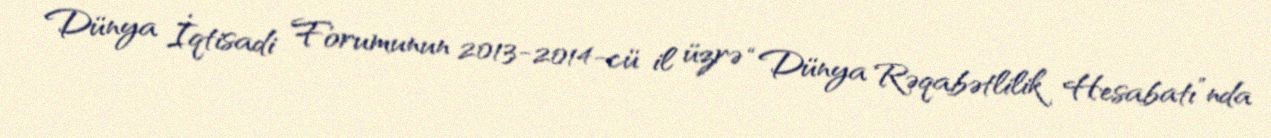
Dünya İqtisadi Forumunun 2013-2014-cü il üzrə “Dünya Rəqabətlilik Hesabatı”nda